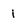
Character: i